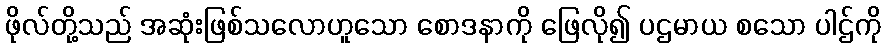
ဖိုလ်တို့သည် အဆုံးဖြစ်သလောဟူသော စောဒနာကို ဖြေလို၍ ပဌမာယ စသော ပါဌ်ကို